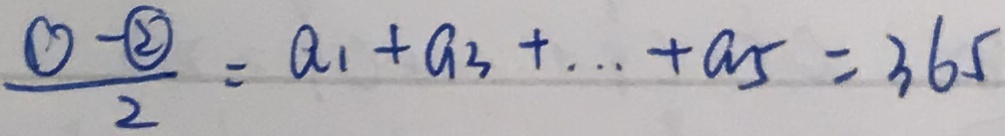
\frac { 0 - \textcircled { 2 } } { 2 } = a _ { 1 } + a _ { 3 } + \cdots + a _ { 5 } = 3 6 5